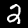
Label: 2